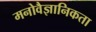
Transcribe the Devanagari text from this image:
मनोवैज्ञानिकता